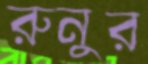
রুনুর